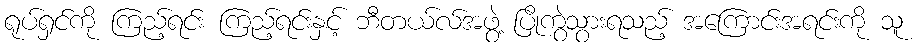
ရုပ်ရှင်ကို ကြည့်ရင်း ကြည့်ရင်းနှင့် ဘီတယ်လ်အဖွဲ့ ပြိုကွဲသွားရသည့် အကြောင်းအရင်းကို သူ